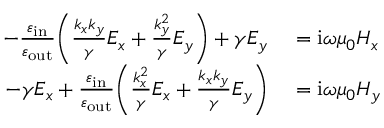
\begin{array} { r l } { - \frac { \varepsilon _ { \mathrm { i n } } } { \varepsilon _ { \mathrm { o u t } } } \bigg ( \frac { k _ { x } k _ { y } } { \gamma } E _ { x } + \frac { k _ { y } ^ { 2 } } { \gamma } E _ { y } \bigg ) + \gamma E _ { y } } & { { } = \mathrm { i } \omega \mu _ { 0 } H _ { x } } \\ { - \gamma E _ { x } + \frac { \varepsilon _ { \mathrm { i n } } } { \varepsilon _ { \mathrm { o u t } } } \bigg ( \frac { k _ { x } ^ { 2 } } { \gamma } E _ { x } + \frac { k _ { x } k _ { y } } { \gamma } E _ { y } \bigg ) } & { { } = \mathrm { i } \omega \mu _ { 0 } H _ { y } } \end{array}